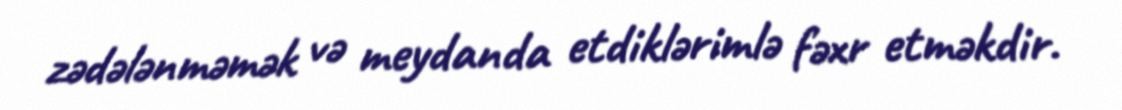
zədələnməmək və meydanda etdiklərimlə fəxr etməkdir.